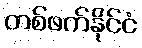
တစ်ဖက်နိုင်ငံ